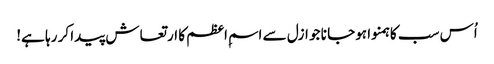
اُس سب کا ہمنوا ہوجا نا جو ازل سے اسمِ اعظم کا ارتعاش پیدا کر رہا ہے!